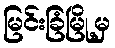
မြင်းခြံမြို့မှ